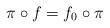
LaTeX: \begin{align*} \pi \circ f = f_0 \circ \pi\end{align*}